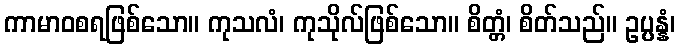
ကာမာဝစရဖြစ်သော။ ကုသလံ၊ ကုသိုလ်ဖြစ်သော။ စိတ္တံ၊ စိတ်သည်။ ဥပ္ပန္နံ၊